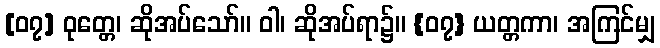
[၀၇] ဝုတ္တေ၊ ဆိုအပ်သော်။ ဝါ၊ ဆိုအပ်ရာ၌။ {၀၇} ယတ္တကာ၊ အကြင်မျှ